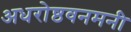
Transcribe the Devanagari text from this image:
अधरोष्ठवनमनी